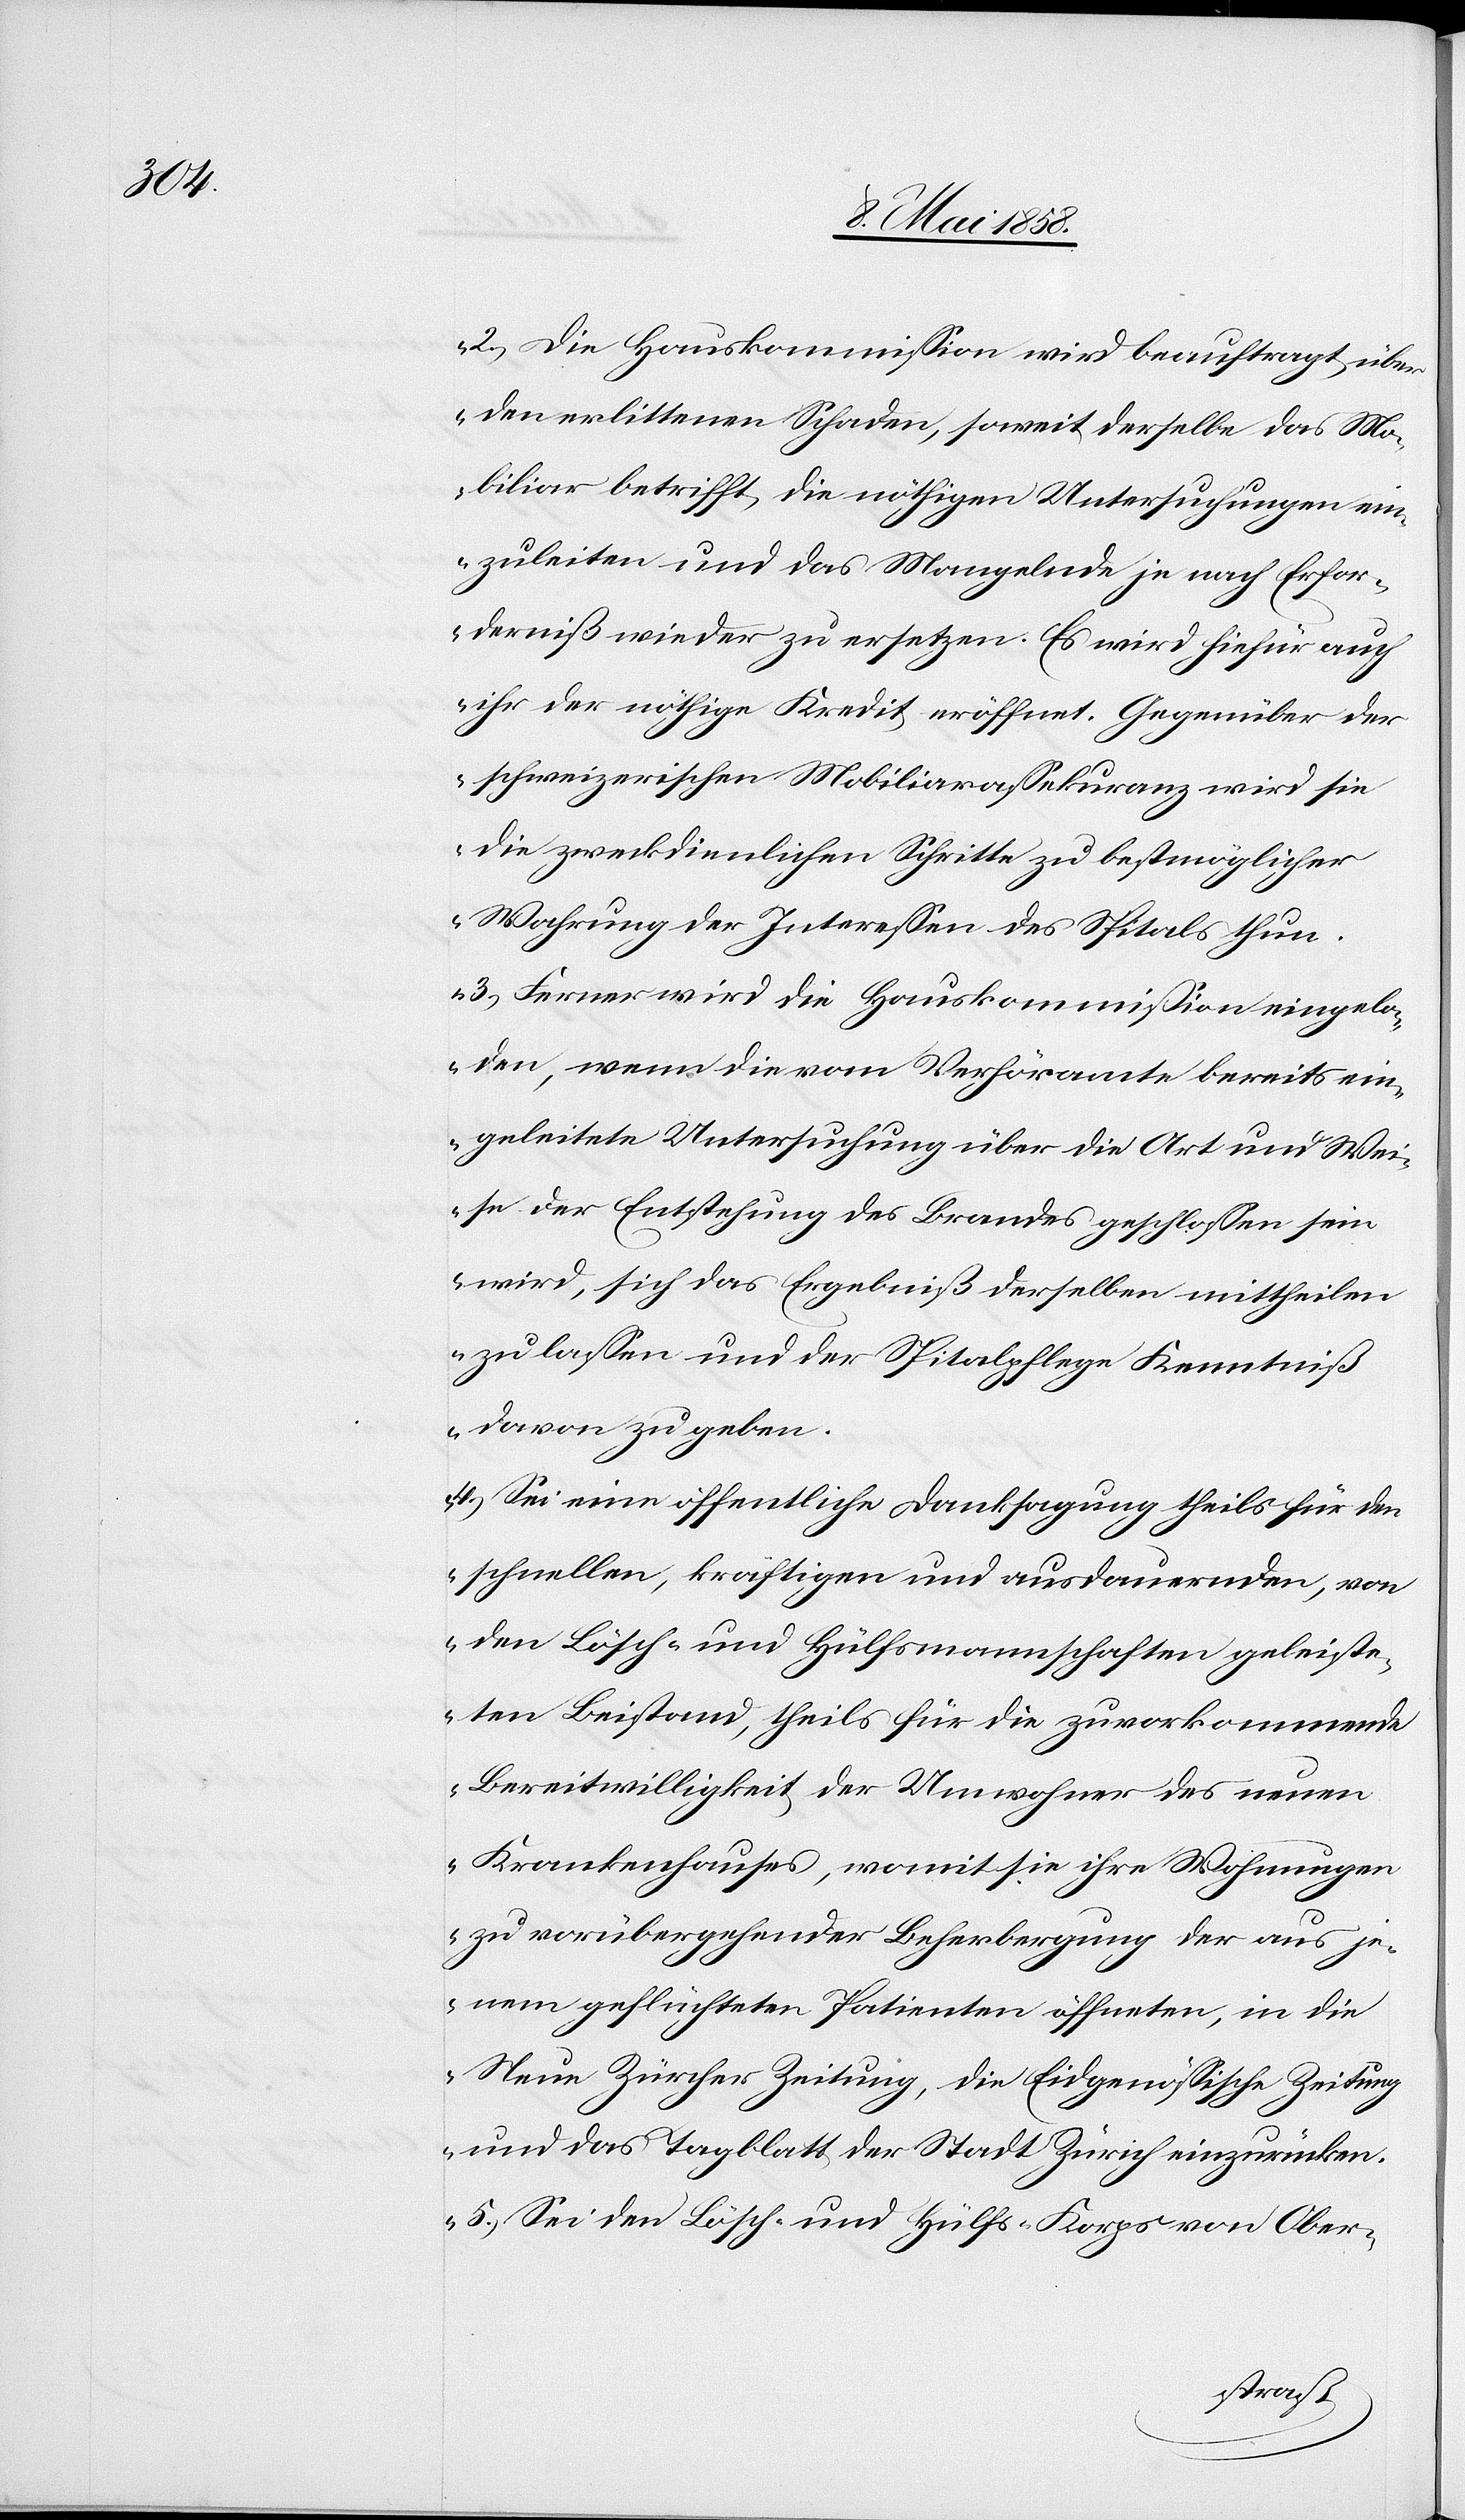
2. Die Hauskommission wird beauftragt, über
den erlittenen Schaden, soweit derselbe das Mo¬
biliar betrifft, die nöthigen Untersuchungen ein¬
zuleiten und das Mangelnde je nach Erfor¬
derniß wieder zu ersetzen. Es wird hiefür auch
ihr der nöthige Kredit eröffnet. Gegenüber der
schweizerischen Mobiliarassekuranz wird sie
die zweckdienlichen Schritte zu bestmöglicher
Wahrung der Interessen des Spitals thun.
3. Ferner wird die Hauskommission eingela¬
den, wenn die vom Verhöramte bereits ein¬
geleitete Untersuchung über die Art und Wei¬
se der Entstehung des Brandes geschlossen sein
wird, sich das Ergebniß derselben mittheilen
zu lassen und der Spitalpflege Kenntniß
davon zu geben.
4. Sei eine öffentliche Danksagung theils für den
schnellen, kräftigen und ausdauernden, von
den Lösch- und Hülfsmannschaften geleiste¬
ten Beistand, theils für die zuvorkommende
Bereitwilligkeit der Umwohner des neuen
Krankenhauses, womit sie ihre Wohnungen
zu vorübergehender Beherbergung der aus je¬
nem geflüchteten Patienten öffneten, in die
Neue Zürcher Zeitung, die Eidgenössische Zeitung
und das Tagblatt der Stadt Zürich einzurücken.
5. Sei dem Lösch- und Hülfs-Korps von Ober-